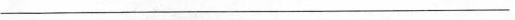
___